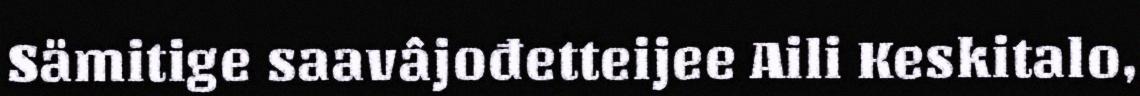
Sämitige saavâjođetteijee Aili Keskitalo,